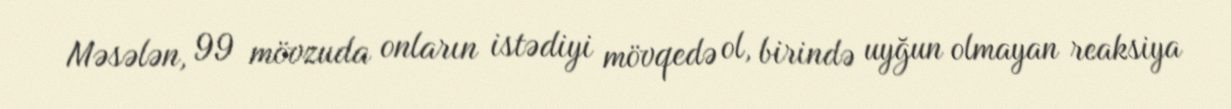
Məsələn, 99 mövzuda onların istədiyi mövqedə ol, birində uyğun olmayan reaksiya